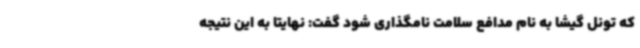
که تونل گیشا به نام مدافع سلامت نامگذاری شود گفت: نهایتا به این نتیجه